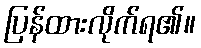
ပြန်ထားလိုက်ရ၏။